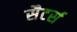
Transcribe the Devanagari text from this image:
सैटर्स